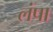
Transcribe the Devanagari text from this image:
लंपा